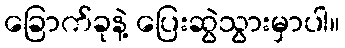
ခြောက်ခုနဲ့ ပြေးဆွဲသွားမှာပါ။